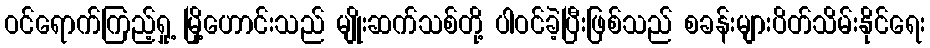
ဝင်ရောက်ကြည့်ရှု့ မြို့ဟောင်းသည် မျိုးဆက်သစ်တို့ ပါဝင်ခဲ့ပြီးဖြစ်သည် စခန်းများပိတ်သိမ်းနိုင်ရေး